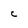
Character: c